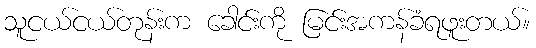
သူငယ်ငယ်တုန်းက ခေါင်းကို မြင်းအကန်ခံရဖူးတယ်။